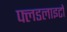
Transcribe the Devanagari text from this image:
फ्लडलाइटों